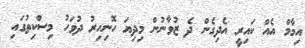
އިމާމް އެއް ކައިރީ އެދިގެން ދެ ޒުވާނުން މިދިޔަ ހޮނިހިރު ދުވަހު މިސްކިތުގައި